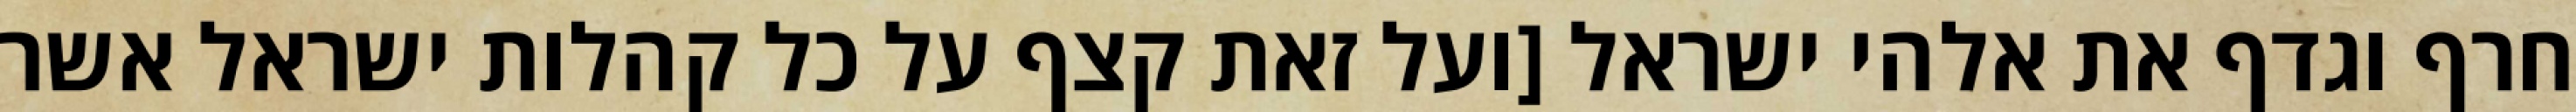
חרף וגדף את אלהי ישראל [ועל זאת קצף על כל קהלות ישראל אשר